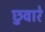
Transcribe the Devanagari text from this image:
छुवारे